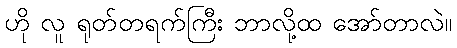
ဟို လူ ရုတ်တရက်ကြီး ဘာလို့ထ အော်တာလဲ။